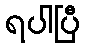
ရပါပြီ